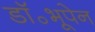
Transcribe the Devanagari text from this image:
डॉ॰भूपेन